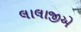
લાલાજીએ